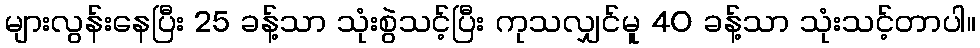
များလွန်းနေပြီး 25 ခန့်သာ သုံးစွဲသင့်ပြီး ကုသလျှင်မူ 40 ခန့်သာ သုံးသင့်တာပါ။